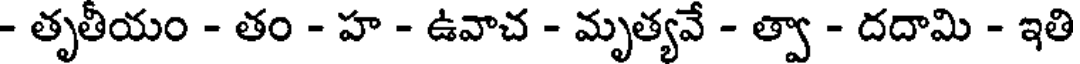
- తృతీయం - తం - హ - ఉవాచ - మృత్యవే - త్వా - దదామి - ఇతి